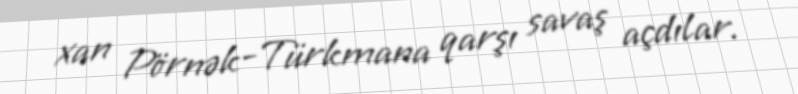
xan Pörnək-Türkmana qarşı savaş açdılar.